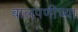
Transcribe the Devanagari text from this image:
बालपणीच्या